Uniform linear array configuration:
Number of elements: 32
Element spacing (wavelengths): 0.5
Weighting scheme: cosine
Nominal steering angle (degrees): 60
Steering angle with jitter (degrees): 60.988
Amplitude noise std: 0.05
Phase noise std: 0.05

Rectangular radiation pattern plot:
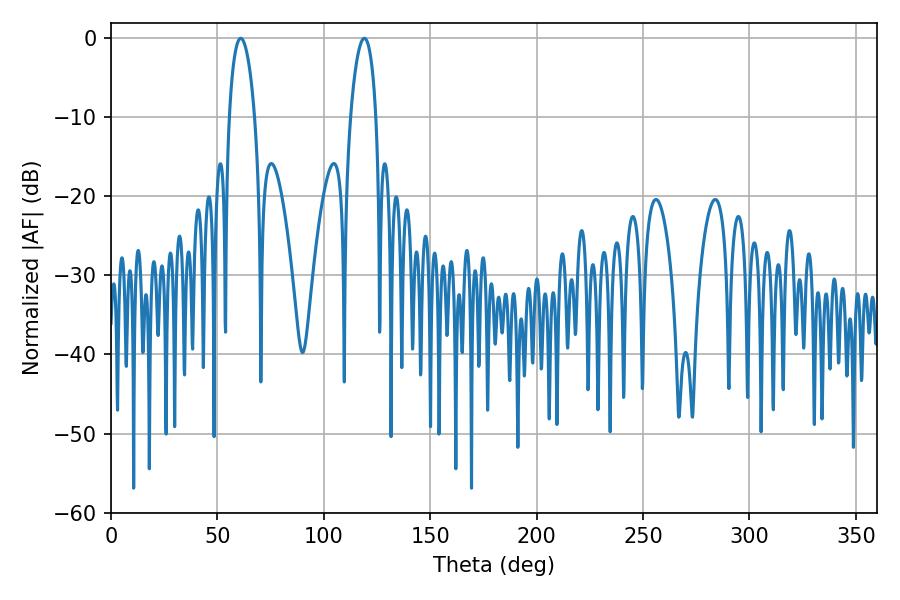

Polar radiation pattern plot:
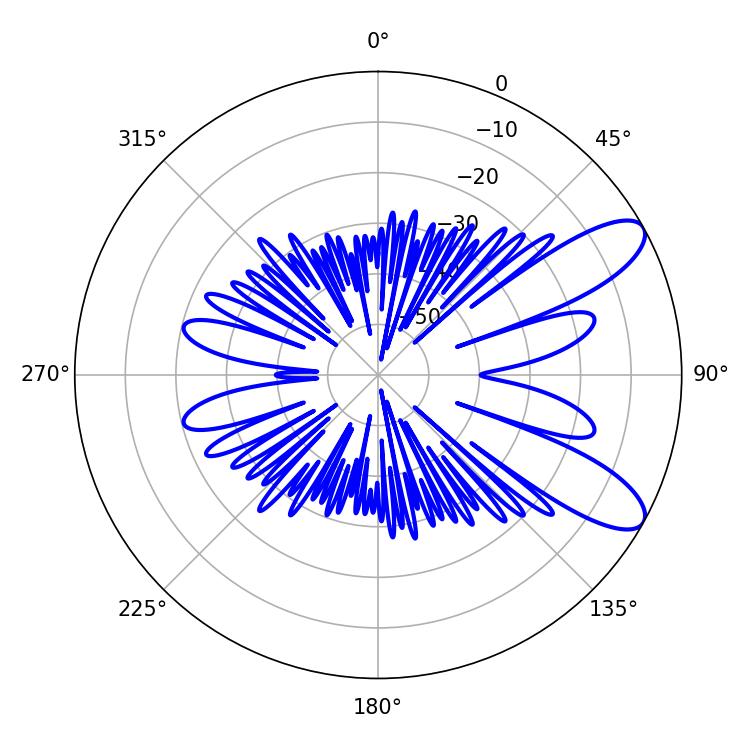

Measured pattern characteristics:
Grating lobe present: FALSE
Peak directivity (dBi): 9.499
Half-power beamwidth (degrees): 6.84
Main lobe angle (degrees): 61.02